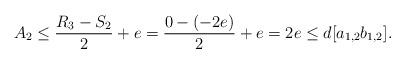
LaTeX: \begin{align*} A_{2}\le \dfrac{R_{3}-S_{2}}{2}+e=\dfrac{0-(-2e)}{2}+e=2e\le d[a_{1,2}b_{1,2}]. \end{align*}